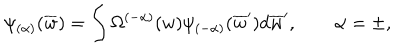
LaTeX: \psi _ { ( \alpha ) } ( \overline { { { w } } } ) = \int \Omega ^ { ( - \alpha ) } ( w ) \psi _ { ( - \alpha ) } ( \overline { { { w } } } ^ { \prime } ) d \overline { { { w } } } ^ { \prime } , \qquad \alpha = \pm ,